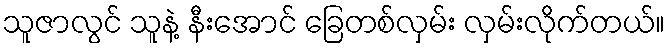
သူဇာလွင် သူနဲ့ နီးအောင် ခြေတစ်လှမ်း လှမ်းလိုက်တယ်။